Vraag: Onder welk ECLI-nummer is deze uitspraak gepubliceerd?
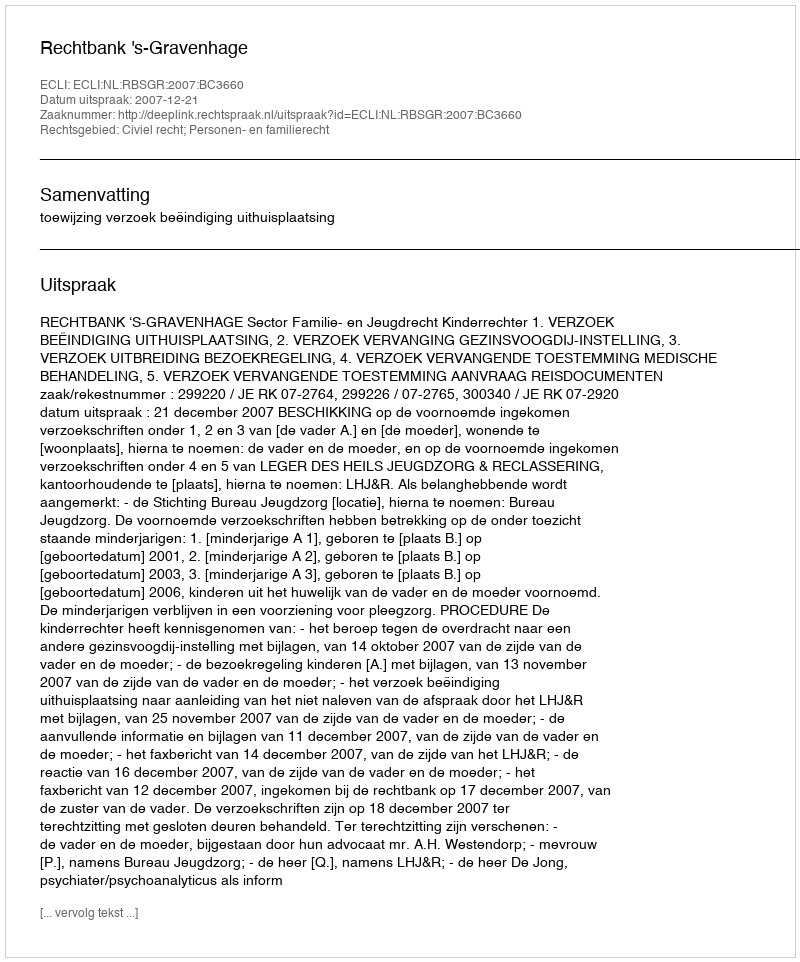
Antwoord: ECLI:NL:RBSGR:2007:BC3660